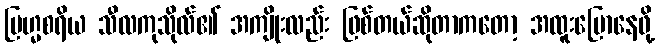
ဗြဟ္မစရိယ သီလကုသိုလ်၏ အကျိုးလည်း ဖြစ်တယ်ဆိုတာကတော့ အထူးပြောနေဖို့